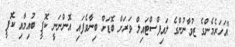
"އަހަރެމެންގެ ޒުވާނުންގެ ލައިފްސްޓައިލް ވަރަށް ބޮޑަށް ބިނާވެފައި އޮންނަނީ ކޮފީ ބުއިމާއިި ކޮފީ